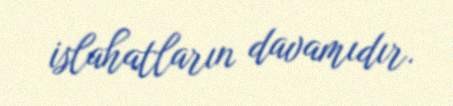
islahatların davamıdır.